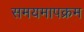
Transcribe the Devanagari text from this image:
समयमापक्रम